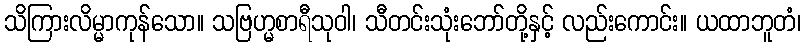
သိကြားလိမ္မာကုန်သော။ သဗြဟ္မစာရီသုဝါ၊ သီတင်းသုံးဘော်တို့နှင့် လည်းကောင်း။ ယထာဘူတံ၊